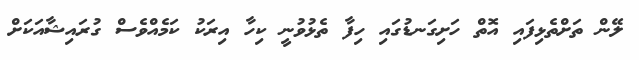
ލޭން ތަށްތެޅިފައި އޮތް ހަށިގަނޑުގައި ހިފާ ތެޅުވުނީ ކިހާ އިރަކު ކަމެއްވެސް ގުރައިޝާއަކަށް